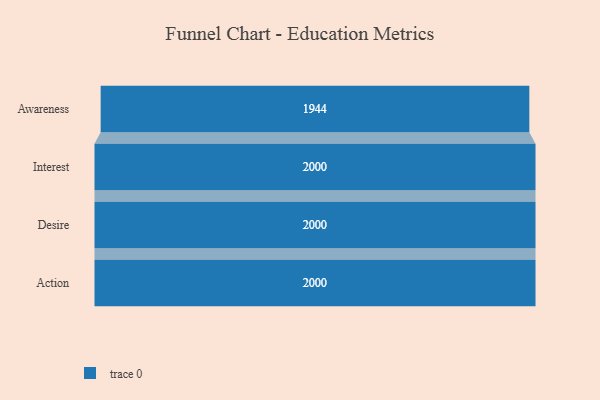
{"axis": {"x": "Stage", "y": "Value"}, "legend": [""], "data": [{"x": "Awareness", "y": 1944.0, "type": ""}, {"x": "Interest", "y": 2000, "type": ""}, {"x": "Desire", "y": 2000, "type": ""}, {"x": "Action", "y": 2000, "type": ""}]}